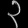
Digit: ၃